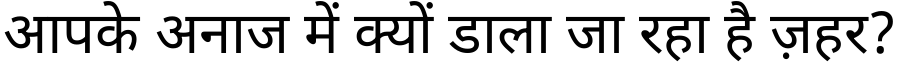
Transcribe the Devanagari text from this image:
आपके अनाज में क्यों डाला जा रहा है ज़हर?